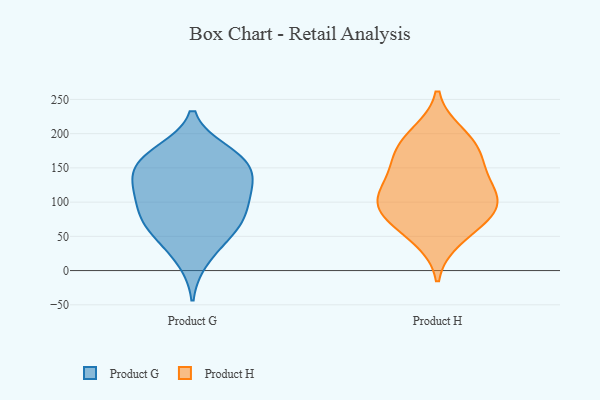
{"axis": {"x": "Operating Costs (USD K)", "y": "Value"}, "legend": ["Product G", "Product H"], "data": [{"x": "", "y": 55, "type": "Product G"}, {"x": "", "y": 84, "type": "Product G"}, {"x": "", "y": 140, "type": "Product G"}, {"x": "", "y": 82, "type": "Product G"}, {"x": "", "y": 118, "type": "Product G"}, {"x": "", "y": 15, "type": "Product G"}, {"x": "", "y": 148, "type": "Product G"}, {"x": "", "y": 93, "type": "Product G"}, {"x": "", "y": 65, "type": "Product G"}, {"x": "", "y": 49, "type": "Product G"}, {"x": "", "y": 166, "type": "Product G"}, {"x": "", "y": 171, "type": "Product G"}, {"x": "", "y": 174, "type": "Product G"}, {"x": "", "y": 115, "type": "Product G"}, {"x": "", "y": 151, "type": "Product G"}, {"x": "", "y": 123, "type": "Product G"}, {"x": "", "y": 200, "type": "Product H"}, {"x": "", "y": 141, "type": "Product H"}, {"x": "", "y": 96, "type": "Product H"}, {"x": "", "y": 46, "type": "Product H"}, {"x": "", "y": 97, "type": "Product H"}, {"x": "", "y": 80, "type": "Product H"}, {"x": "", "y": 168, "type": "Product H"}, {"x": "", "y": 190, "type": "Product H"}, {"x": "", "y": 108, "type": "Product H"}, {"x": "", "y": 100, "type": "Product H"}, {"x": "", "y": 131, "type": "Product H"}, {"x": "", "y": 168, "type": "Product H"}, {"x": "", "y": 65, "type": "Product H"}]}